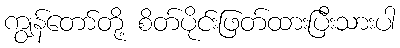
ကျွန်တော်တို့ စိတ်ပိုင်းဖြတ်ထားပြီးသားပါ